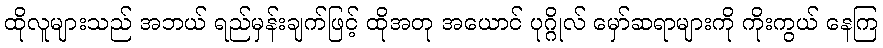
ထိုလူများသည် အဘယ် ရည်မှန်းချက်ဖြင့် ထိုအတု အယောင် ပုဂ္ဂိုလ် မှော်ဆရာများကို ကိုးကွယ် နေကြ